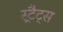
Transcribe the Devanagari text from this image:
स्ट्रैट्‍स